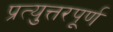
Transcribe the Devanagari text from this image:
प्रत्युत्तरपूर्ण